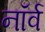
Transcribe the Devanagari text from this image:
नॉर्व